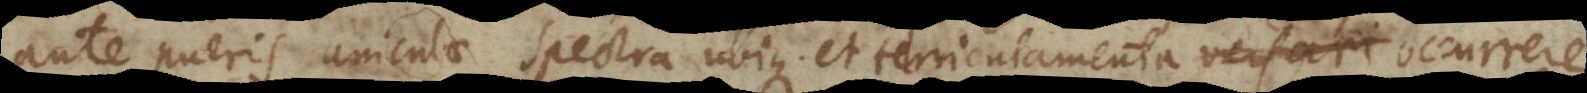
ante pueris aniculae spectra ubique et terriculamenta occurrere